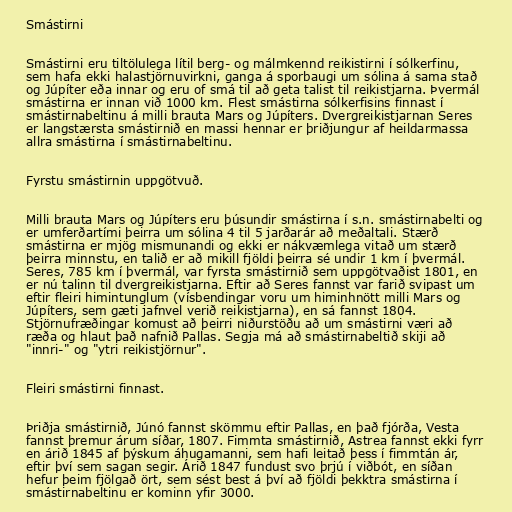
Smástirni

Smástirni eru tiltölulega lítil berg- og málmkennd reikistirni í sólkerfinu,
sem hafa ekki halastjörnuvirkni, ganga á sporbaugi um sólina á sama stað
og Júpíter eða innar og eru of smá til að geta talist til reikistjarna. Þvermál
smástirna er innan við 1000 km. Flest smástirna sólkerfisins finnast í
smástirnabeltinu á milli brauta Mars og Júpíters. Dvergreikistjarnan Seres
er langstærsta smástirnið en massi hennar er þriðjungur af heildarmassa
allra smástirna í smástirnabeltinu.

Fyrstu smástirnin uppgötvuð.

Milli brauta Mars og Júpíters eru þúsundir smástirna í s.n. smástirnabelti og
er umferðartími þeirra um sólina 4 til 5 jarðarár að meðaltali. Stærð
smástirna er mjög mismunandi og ekki er nákvæmlega vitað um stærð
þeirra minnstu, en talið er að mikill fjöldi þeirra sé undir 1 km í þvermál.
Seres, 785 km í þvermál, var fyrsta smástirnið sem uppgötvaðist 1801, en
er nú talinn til dvergreikistjarna. Eftir að Seres fannst var farið svipast um
eftir fleiri himintunglum (vísbendingar voru um himinhnött milli Mars og
Júpíters, sem gæti jafnvel verið reikistjarna), en sá fannst 1804.
Stjörnufræðingar komust að þeirri niðurstöðu að um smástirni væri að
ræða og hlaut það nafnið Pallas. Segja má að smástirnabeltið skiji að
"innri-" og "ytri reikistjörnur".

Fleiri smástirni finnast.

Þriðja smástirnið, Júnó fannst skömmu eftir Pallas, en það fjórða, Vesta
fannst þremur árum síðar, 1807. Fimmta smástirnið, Astrea fannst ekki fyrr
en árið 1845 af þýskum áhugamanni, sem hafi leitað þess í fimmtán ár,
eftir því sem sagan segir. Árið 1847 fundust svo þrjú í viðbót, en síðan
hefur þeim fjölgað ört, sem sést best á því að fjöldi þekktra smástirna í
smástirnabeltinu er kominn yfir 3000.